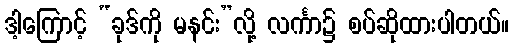
ဒါ့ကြောင့် “ခုဒ်ကို မနင်း”လို့ လင်္ကာ၌ စပ်ဆိုထားပါတယ်။